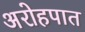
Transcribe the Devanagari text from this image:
अरोहपात